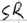
Text: SR